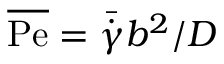
\overline { \mathrm { P e } } = \bar { \dot { \gamma } } b ^ { 2 } / { \cal D }